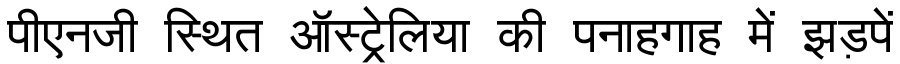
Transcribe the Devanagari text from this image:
पीएनजी स्थित ऑस्ट्रेलिया की पनाहगाह में झड़पें